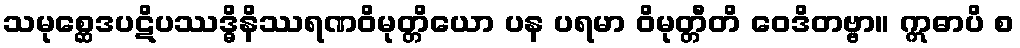
သမုစ္ဆေဒပဋိပဿဒ္ဓိနိဿရဏဝိမုတ္တိယော ပန ပရမာ ဝိမုတ္တီတိ ဝေဒိတဗ္ဗာ။ ဣဓာပိ စ